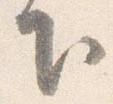
下